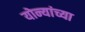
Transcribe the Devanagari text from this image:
योन्यांच्या